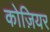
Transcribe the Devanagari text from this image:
कोज़ियर